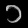
Digit: ၁